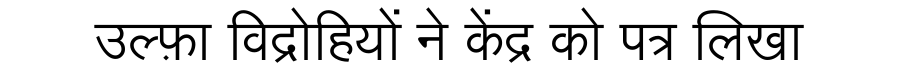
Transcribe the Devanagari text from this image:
उल्फ़ा विद्रोहियों ने केंद्र को पत्र लिखा